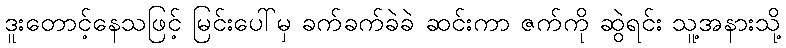
ဒူးတောင့်နေသဖြင့် မြင်းပေါ်မှ ခက်ခက်ခဲခဲ ဆင်းကာ ဇက်ကို ဆွဲရင်း သူ့အနားသို့